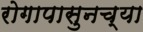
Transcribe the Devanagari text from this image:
रोगापासुनच्या